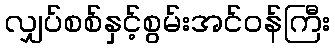
လျှပ်စစ်နှင့်စွမ်းအင်ဝန်ကြီး